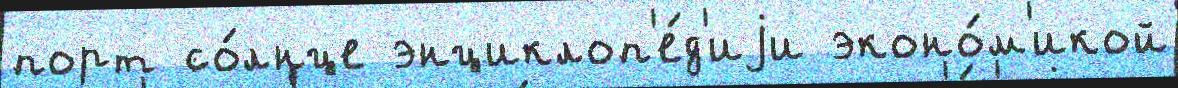
порт со́лнце энциклоп'е́д'иjи эконо́м'икой